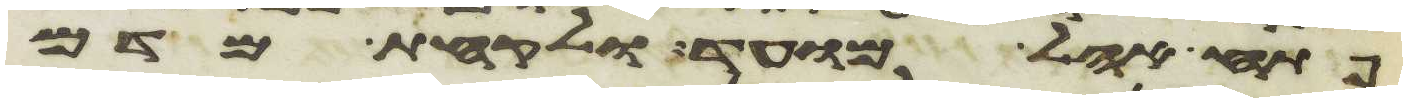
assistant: פתח אהל מועד ולקחת מדם